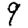
Digit: 9